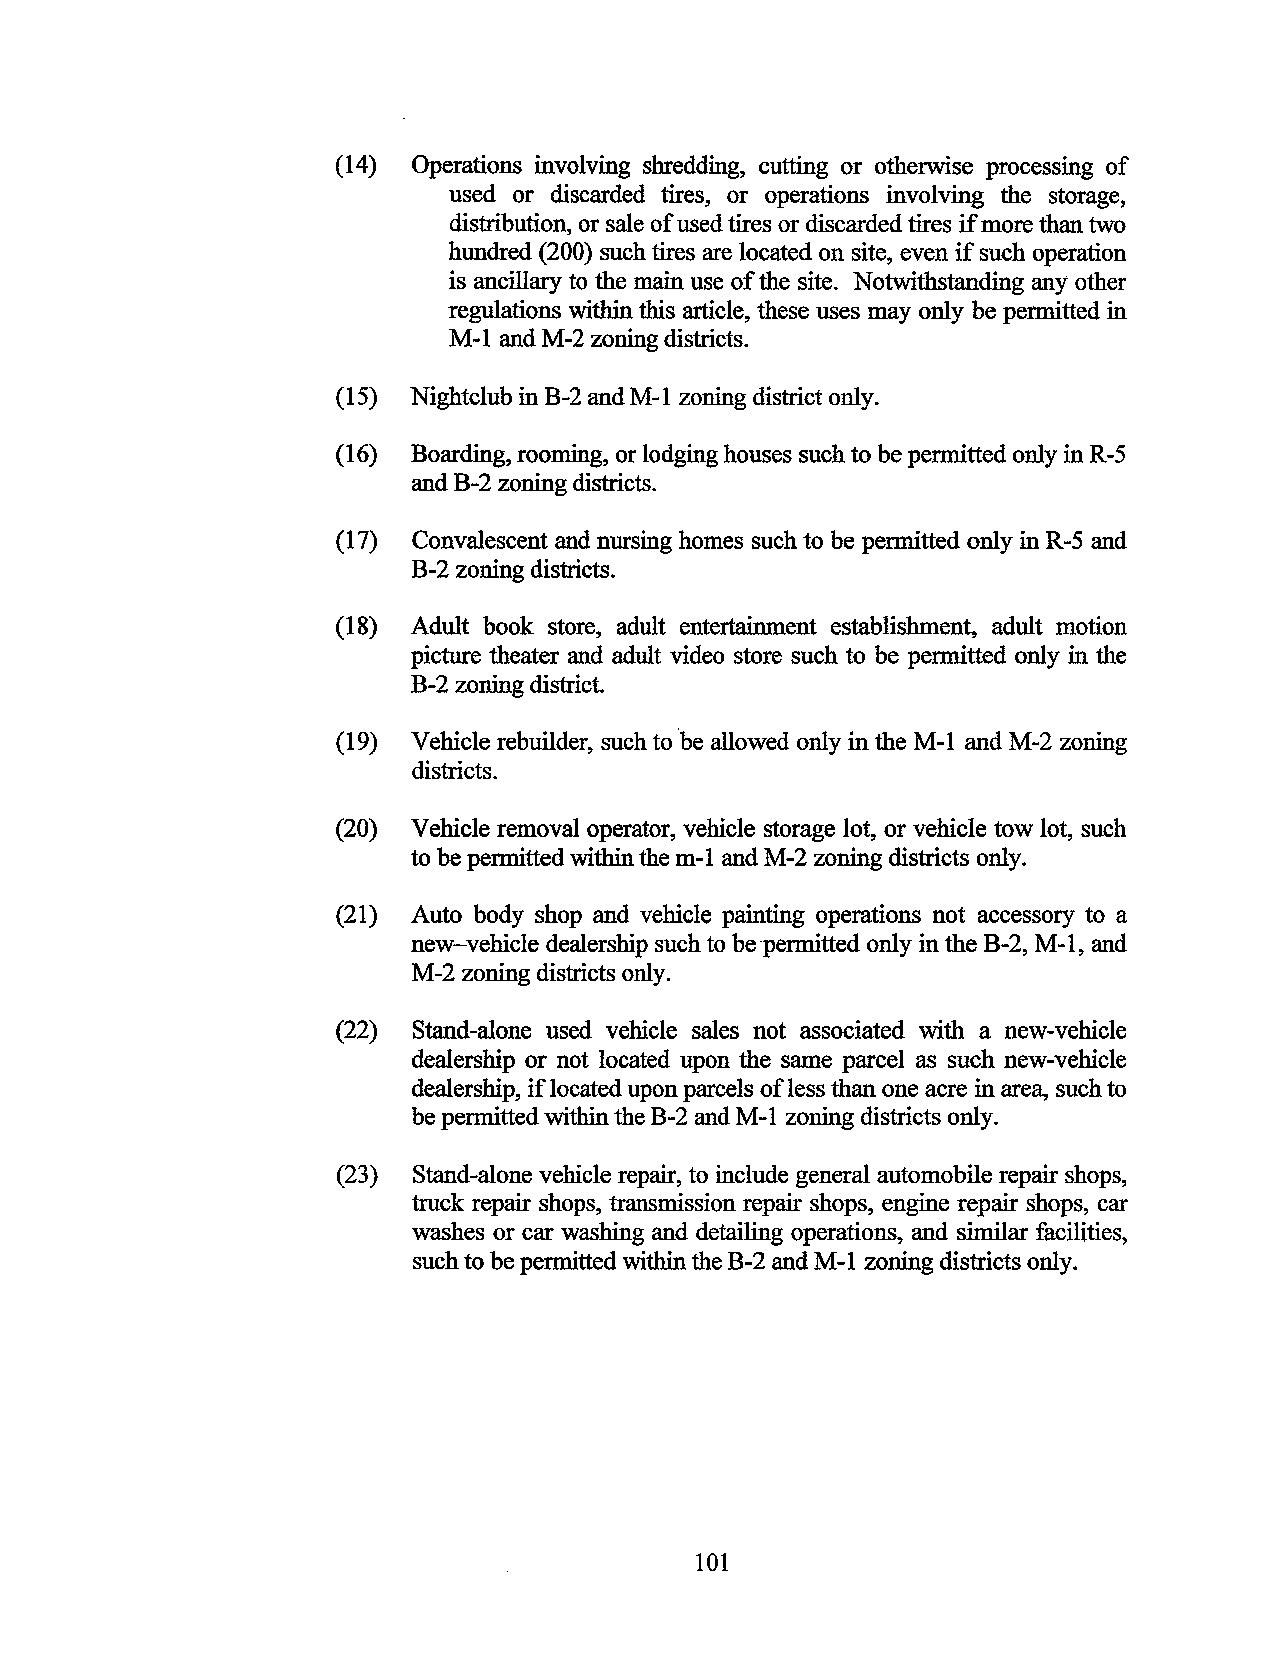
(14) Operations involving shredding, cutting or otherwise processing of
 used or discarded tires, or operations involving the storage,
 distribution, or sale of used tires or discarded tires if more than two
 hundred (200) such tires are located on site, even if such operation
 is ancillary to the main use of the site. Notwithstanding any other
 regulations within this article, these uses may only be permitted in
 M-1 and M-2 zoning districts.
 (15) Nightclub in B-2 and M-1 zoning district only.
 (16) Boarding, rooming, or lodging houses such to be permitted only in R-5
 and B-2 zoning districts.
 (17) Convalescent and nursing homes such to be permitted only in R-5 and
 B-2 zoning districts.
 (18) Adult book store, adult entertainment establishment, adult motion
 picture theater and adult video store such to be permitted only in the
 B-2 zoning district.
 (19) Vehicle rebuilder, such to ·be allowed only in the M-1 and M-2 zoning
 districts.
 (20) Vehicle removal operator, vehicle storage lot, or vehicle tow lot, such
 to be permitted within the m-1 and M-2 zoning districts only.
 (21) Auto body shop and vehicle painting operations not accessory to a
 new-vehicle dealership such to be·permitted only in the B-2, M-1, and
 M-2 zoning districts only.
 (22) Stand-alone used vehicle sales not associated with a new-vehicle
 dealership or not located upon the same parcel as such new-vehicle
 dealership, if located upon parcels of less than one acre in area, such to
 be permitted within the B-2 and M-1 zoning districts only.
 (23) Stand-alone vehicle repair, to include general automobile repair shops,
 truck repair shops, transmission repair shops, engine repair shops, car
 washes or car washing and detailing operations, and similar facilities,
 such to be permitted within the B-2 and M-1 zoning districts only.
 101